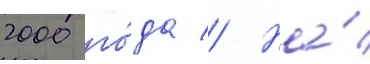
2000 го́да // На́